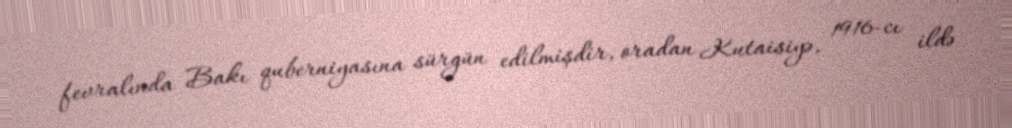
fevralında Bakı quberniyasına sürgün edilmişdir, oradan Kutaisiyə, 1916-cı ildə